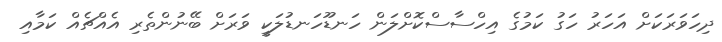
ދިހަވަރަކަށް އަހަރު ހަގު ކަމުގެ އިހްސާސްކޮށްލަން ހަނޑޫހަނޑުލަކީ ވަރަށް ބޭނުންތެރި އެއްޗެއް ކަމާއި